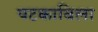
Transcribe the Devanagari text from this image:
पटकाविला